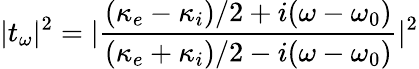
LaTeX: |t_{\omega}|^{2}=|\frac{(\kappa_{e}-\kappa_{i})/2+i(\omega-\omega_{0})}{(\kappa_{e}+\kappa_{i})/2-i(\omega-\omega_{0})}|^{2}